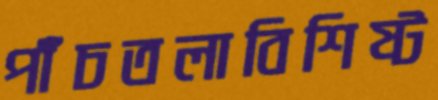
পাঁচতলাবিশিষ্ট